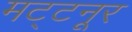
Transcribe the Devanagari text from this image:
मट्टनूर